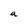
Character: a